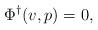
LaTeX: \begin{align*}\Phi^\dagger(v,p) = 0,\end{align*}